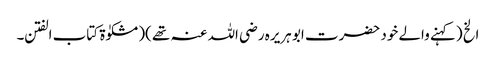
الخ (کہنے والے خود حضرت ابو ہریرہ رضی اللہ عنہ تھے )(مشکوٰۃ کتاب الفتن ۔